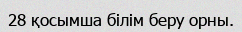
28 қосымша білім беру орны.